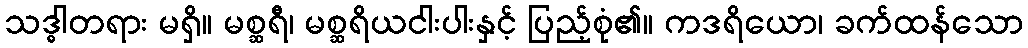
သဒ္ဓါတရား မရှိ။ မစ္ဆရီ၊ မစ္ဆရိယငါးပါးနှင့် ပြည့်စုံ၏။ ကဒရိယော၊ ခက်ထန်သော